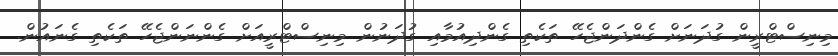
މިނިސްޓްރީން ގުދަނަށް ގެންދަންޖެހޭ ތަކެތި ގެންދިއުމާއި ގުދަނުން މިނިސްޓްރީއަށް ގެންނަންޖެހޭ ތަކެތި ގެނައުން.